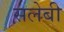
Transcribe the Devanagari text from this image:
सलेबी